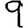
Digit: 9